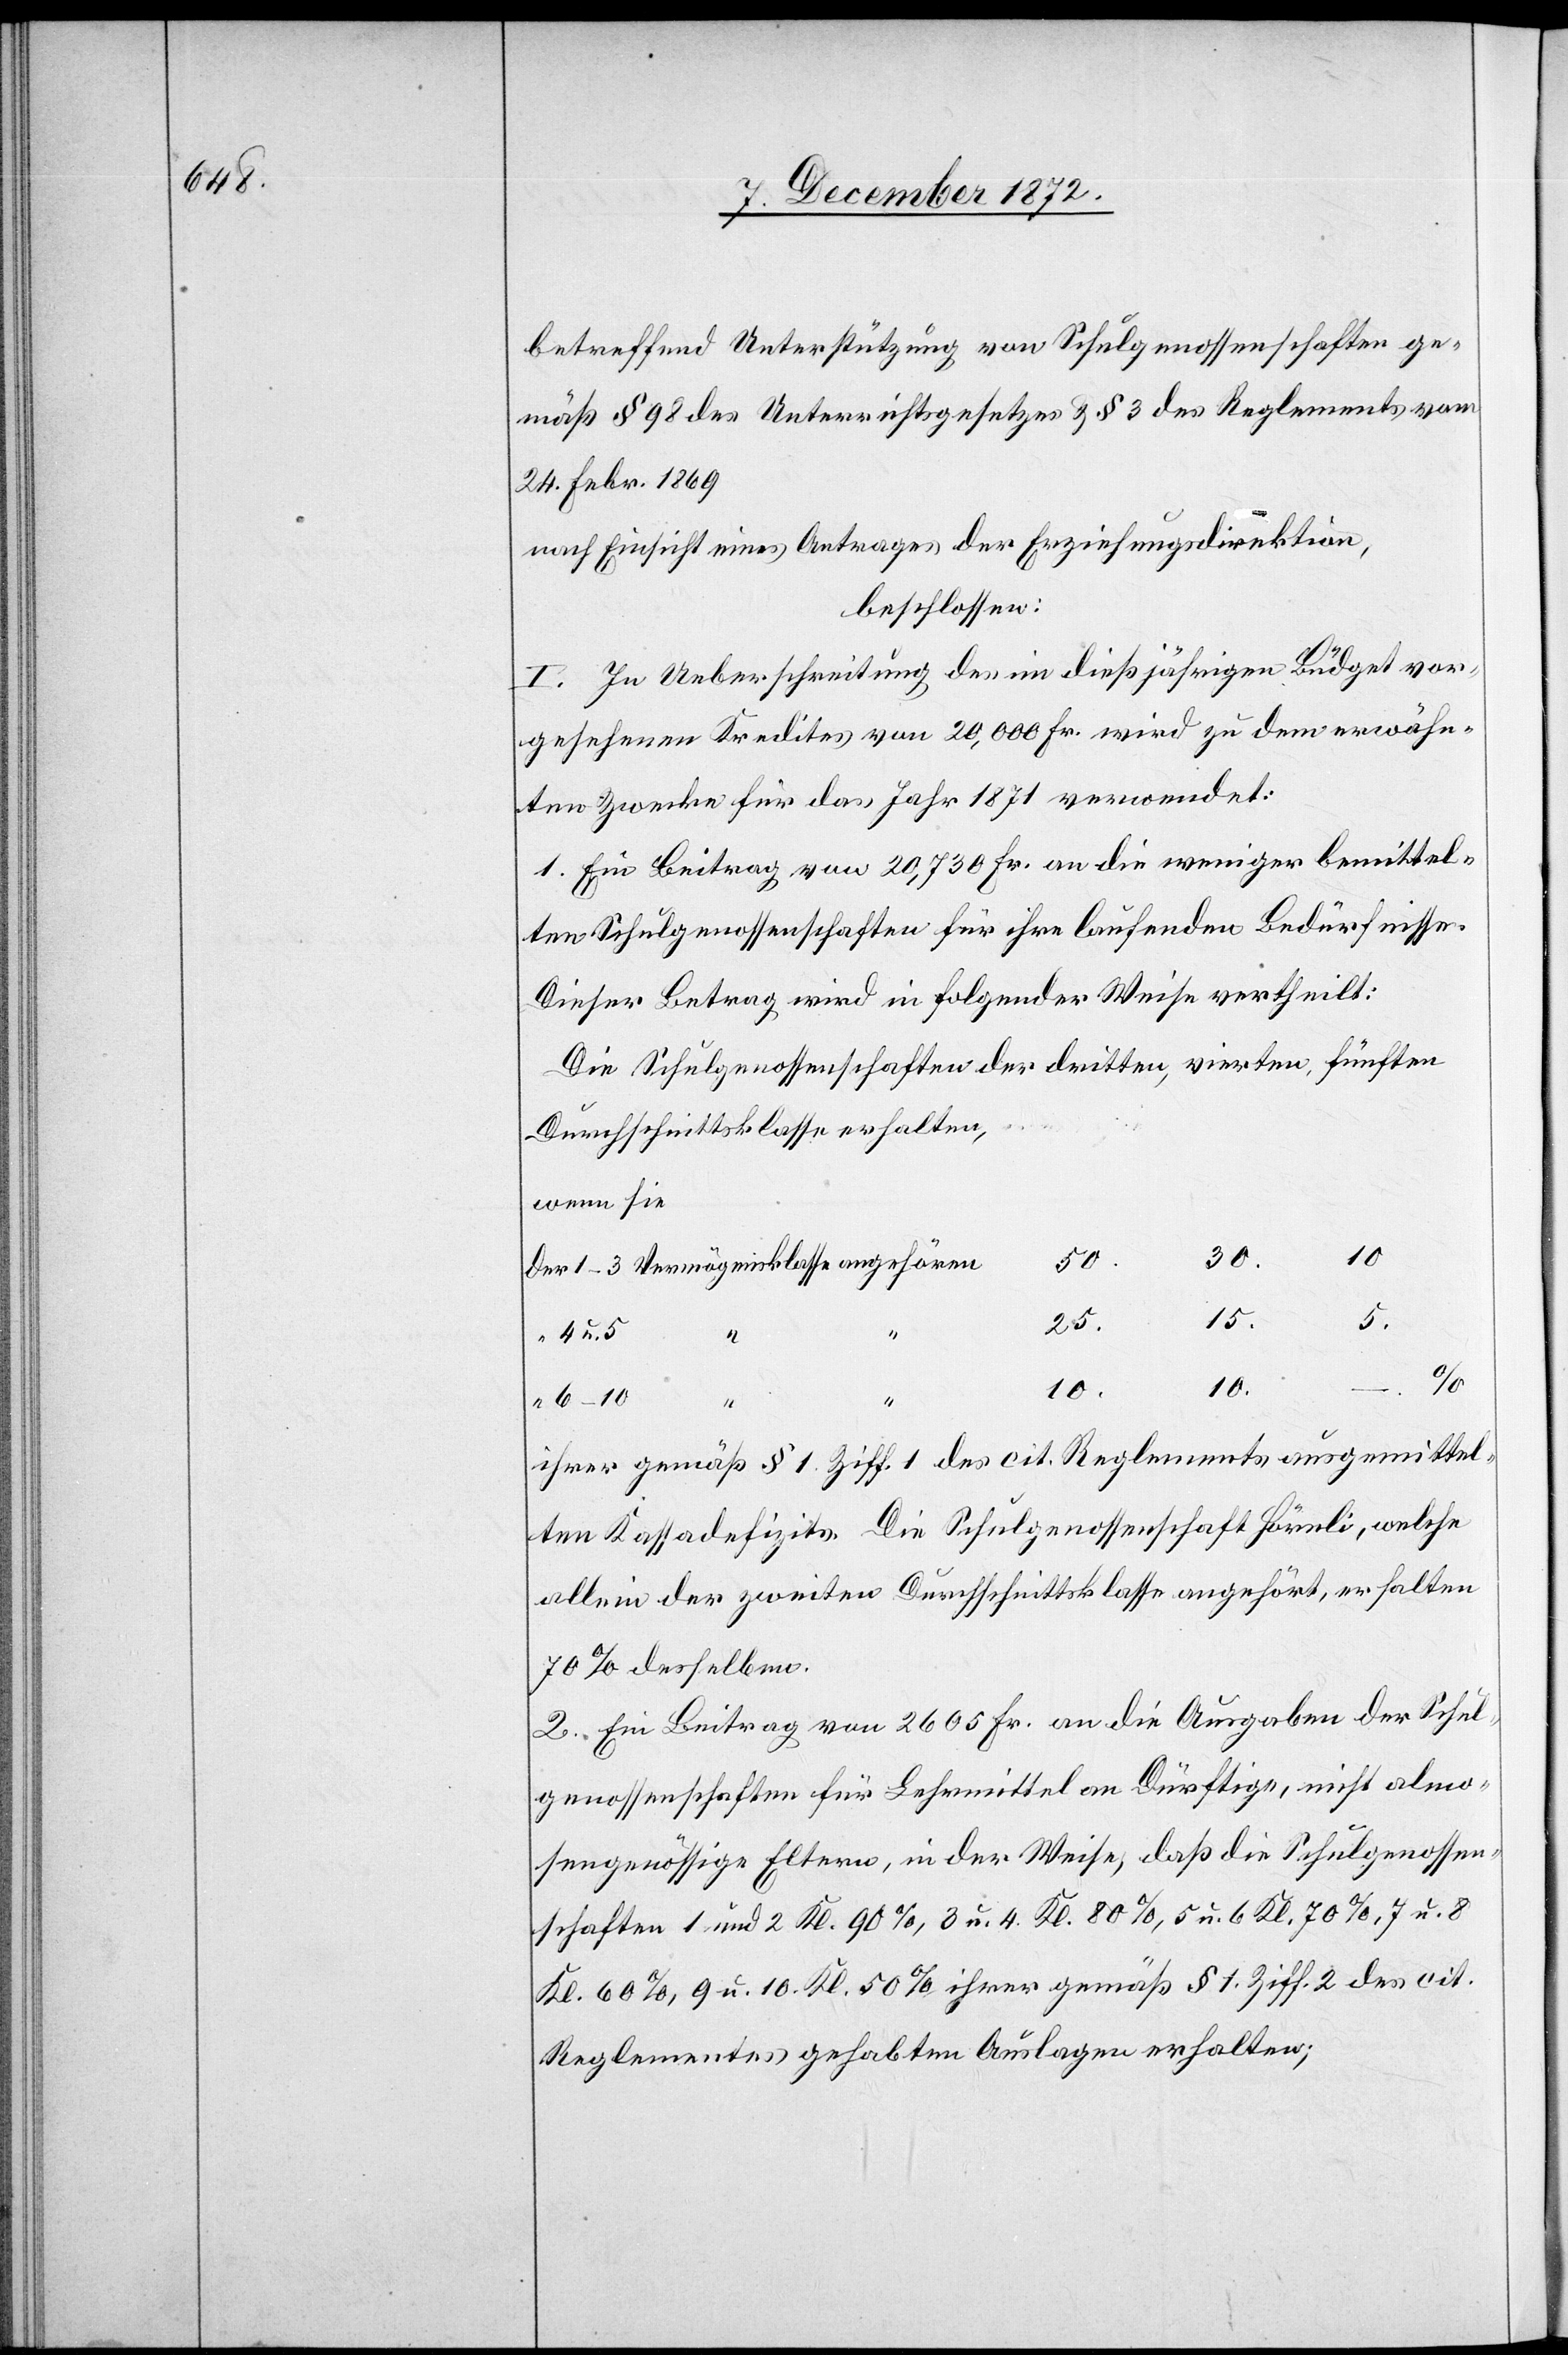
betreffend Unterstützung von Schulgenossenschaften ge¬
mäß § 98 des Unterrichtsgesetzes u. § 3 des Reglements vom
24. Febr. 1869
nach Einsicht eines Antrages der Erziehungsdirektion,
beschlossen:
I. In Ueberschreitung des im dießjährigen Büdget vor¬
gesehenen Kredites von 20,000 Fr. wird zu dem erwähn¬
ten Zwecke für das Jahr 1871 verwendet:
1. Ein Beitrag von 20,730 Fr. an die weniger bemittel¬
ten Schulgenossenschaften für ihre laufenden Bedürfnisse.
Dieser Betrag wird in folgender Weise vertheilt:
Die Schulgenossenschaften der dritten, vierten, fünften
Durchschnittsklasse erhalten,
wenn sie
10
30.
15.
5.
4 u. 5
“
25.
10.
10.
ihrer gemäß § 1. Ziff. 1 des cit. Reglements ausgemittel¬
ten Kassadefizits. Die Schulgenossenschaft Hörnli, welche
alle in der zweiten Durchschnittsklasse angehört, erhalten
70% desselben.
2. Ein Beitrag von 2605 Fr. an die Ausgabe der Schul¬
genossenschaften für Lehrmittel an Dürftige, nicht almo¬
sengenössige Eltern, in der Weise, daß die Schulgenossen¬
schaften 1 und 2 Kl. 90%, 3 u. 4. Kl. 80%, 5 u. 6 Kl. 70%, 7 u. 8
Kl. 60%, 9 u. 10. Kl. 50% ihrer gemäß § 1. Ziff. 2 des cit.
Reglementes gehabten Auslagen erhalten;